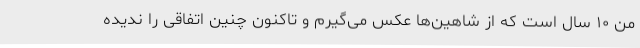
من ۱۰ سال است که از شاهین‌ها عکس می‌گیرم و تاکنون چنین اتفاقی را ندیده